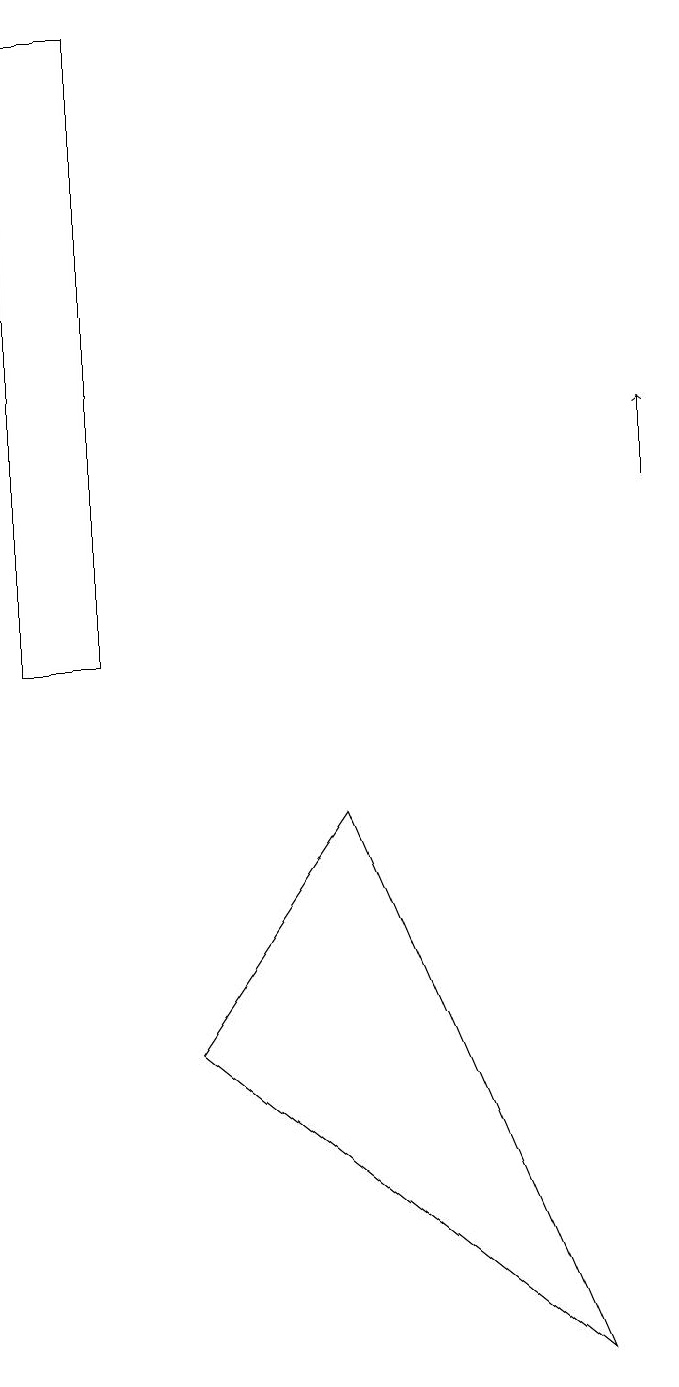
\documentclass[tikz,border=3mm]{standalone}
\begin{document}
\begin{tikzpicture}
\draw[->] (8,13) -- (8,14);
\draw (0,11) rectangle (1,19);
\draw (7,2) -- (4,9) -- (2,6) -- cycle;
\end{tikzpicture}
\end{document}